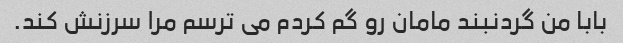
بابا من گردنبند مامان رو گم کردم می ترسم مرا سرزنش کند.